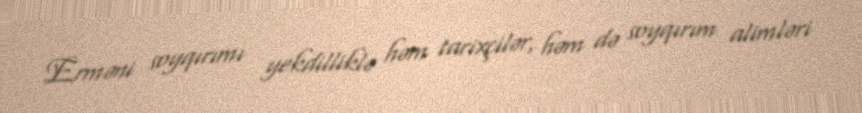
Erməni soyqırımı yekdilliklə həm tarixçilər, həm də soyqırım alimləri